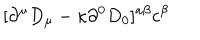
LaTeX: [ \partial ^ { \mu } D _ { \mu } - \kappa \partial ^ { 0 } D _ { 0 } ] ^ { a \beta } c ^ { \beta }